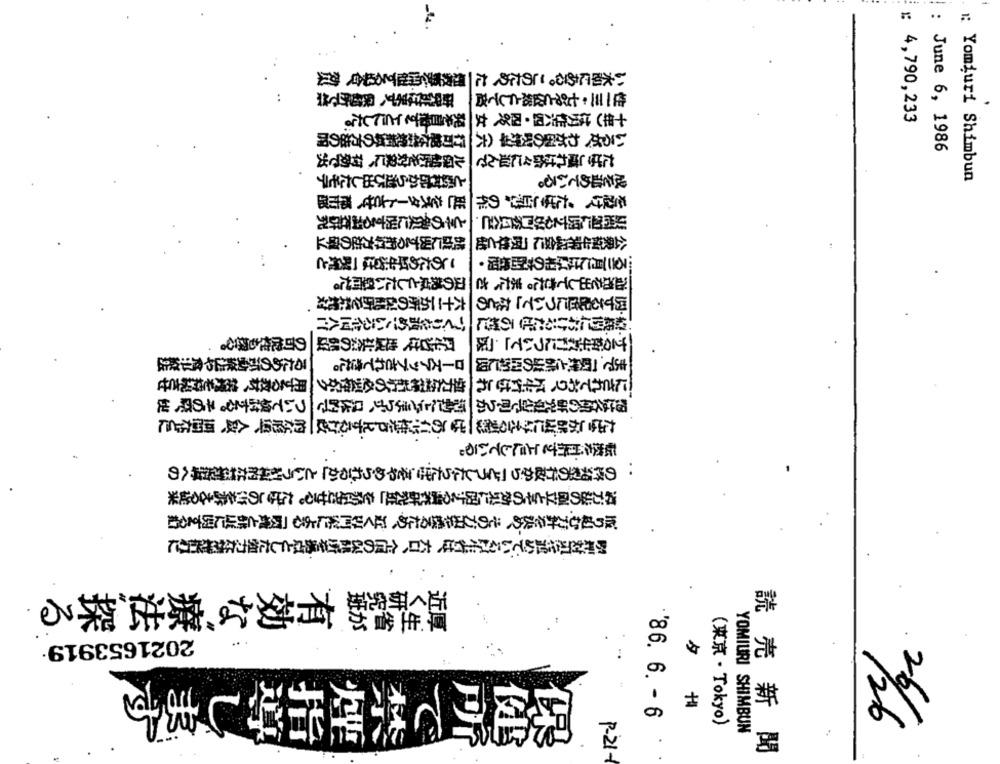
い水町にある。このため、だ れち悪を中継する場合、効
…
研究近はまず、保健所で格
性一三·七%と依然としてう
:: 4,790,233
十年)はり性六四·四気、女 発を目指すことにした。
いるが、わが国の映焼寧(六 行可能なおや新料の方法の図
: June 6, 1986
ル保船げを対象に、有効で出
たばし離れはかなに证んで
と戦わずからきび出したモデ
:: Yomiuri Shimbun
成を進めている。
を設け、「たばこ百”の作 戦」をスタートさせ、都市部
とその効果に関する内容研究
赞成に関するおれ方法の確立
公衆衛生密協会に「魔性と母
このため風生活は「喫煙と
三月にははものすご発·
西式を出してきた。また、さ ぬの拠点としたい熱門だ。
関する記さについて』などの 六十二か所の保健所を発覚え
遊続的におけるたば のだに づくりを強めているかはへ行
風にきは、地域社会の想い の可能性も探る。
する常生教門について」·「ド
るための环動終店やミジ漿店
まで、「収増と請求の出的に図|ローズアップされてきた。
用するる教材、接続を持続させ
にされており、『生術はこれ 強力にされがちの必要性かク
形は名前の研究報告で明らか 活動にごうらず、具体的で ついて検討する。その際、地
たばこが然ばに与える影響はこのい女性たられする行政」的な形に、人致、期間などに
転換を目指す。ここにしている。
:の溶液型の行政から「どうしたらたばこそやめられるか」という秋林的なだれに時への
い方法の孤立とその効果に関する調査研究証」をかぶらせる。たばこの沿を訴える従来
取り組む方針を決め、その方式を操るため、近く専門家による「因境と併止に関するね
必ず対のに込めているだ生告は、六日、全国の保健所を場点とした強力なが雑おこに
近く研究班
厚生省が
有効な療法、探る
00
2021653919
6
26/
'86. 6 .- 6
126
(東京 · Tokyo)
YOMIURI SHIMBUN
C
煙指導します
保
P-21-
読 売 新 聞